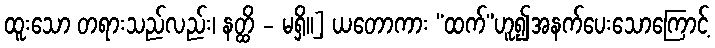
ထူးသော တရားသည်လည်း၊ နတ္ထိ - မရှိ။] ယတောကား “ထက်”ဟူ၍အနက်ပေးသောကြောင့်